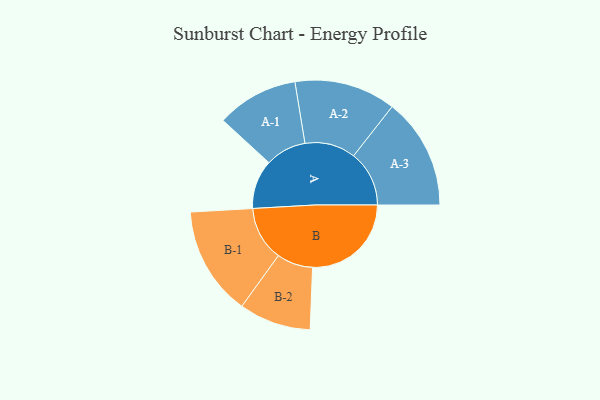
{"axis": {"x": "Segment", "y": "Value"}, "legend": ["", "A", "B"], "data": [{"x": "A", "y": 233, "type": ""}, {"x": "B", "y": 469, "type": ""}, {"x": "A-1", "y": 194, "type": "A"}, {"x": "A-2", "y": 241, "type": "A"}, {"x": "A-3", "y": 264, "type": "A"}, {"x": "B-1", "y": 259, "type": "B"}, {"x": "B-2", "y": 171, "type": "B"}]}